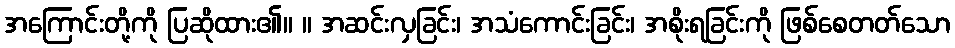
အကြောင်းတို့ကို ပြဆိုထား၏။ ။ အဆင်းလှခြင်း၊ အသံကောင်းခြင်း၊ အစိုးရခြင်းကို ဖြစ်စေတတ်သော